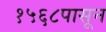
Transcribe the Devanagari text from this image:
१५६८पासून